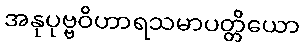
အနုပုဗ္ဗဝိဟာရသမာပတ္တိယော